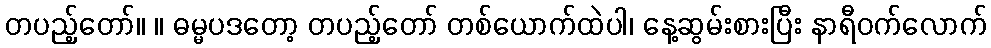
တပည့်တော်။ ။ ဓမ္မပဒတော့ တပည့်တော် တစ်ယောက်ထဲပါ၊ နေ့ဆွမ်းစားပြီး နာရီဝက်လောက်